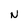
Character: N